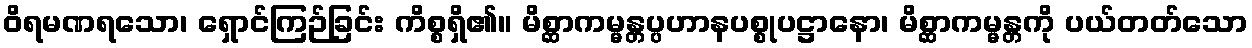
ဝိရမဏရသော၊ ရှောင်ကြဉ်ခြင်း ကိစ္စရှိ၏။ မိစ္ဆာကမ္မန္တပ္ပဟာနပစ္စုပဋ္ဌာနော၊ မိစ္ဆာကမ္မန္တကို ပယ်တတ်သော